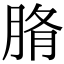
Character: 𦜂